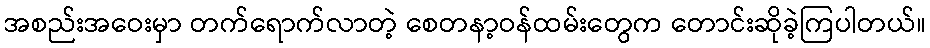
အစည်းအဝေးမှာ တက်ရောက်လာတဲ့ စေတနာ့ဝန်ထမ်းတွေက တောင်းဆိုခဲ့ကြပါတယ်။